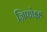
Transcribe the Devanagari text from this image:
ज़िफोइड